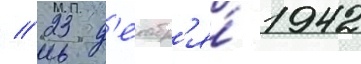
// 23 д'екабр'я́ 1942